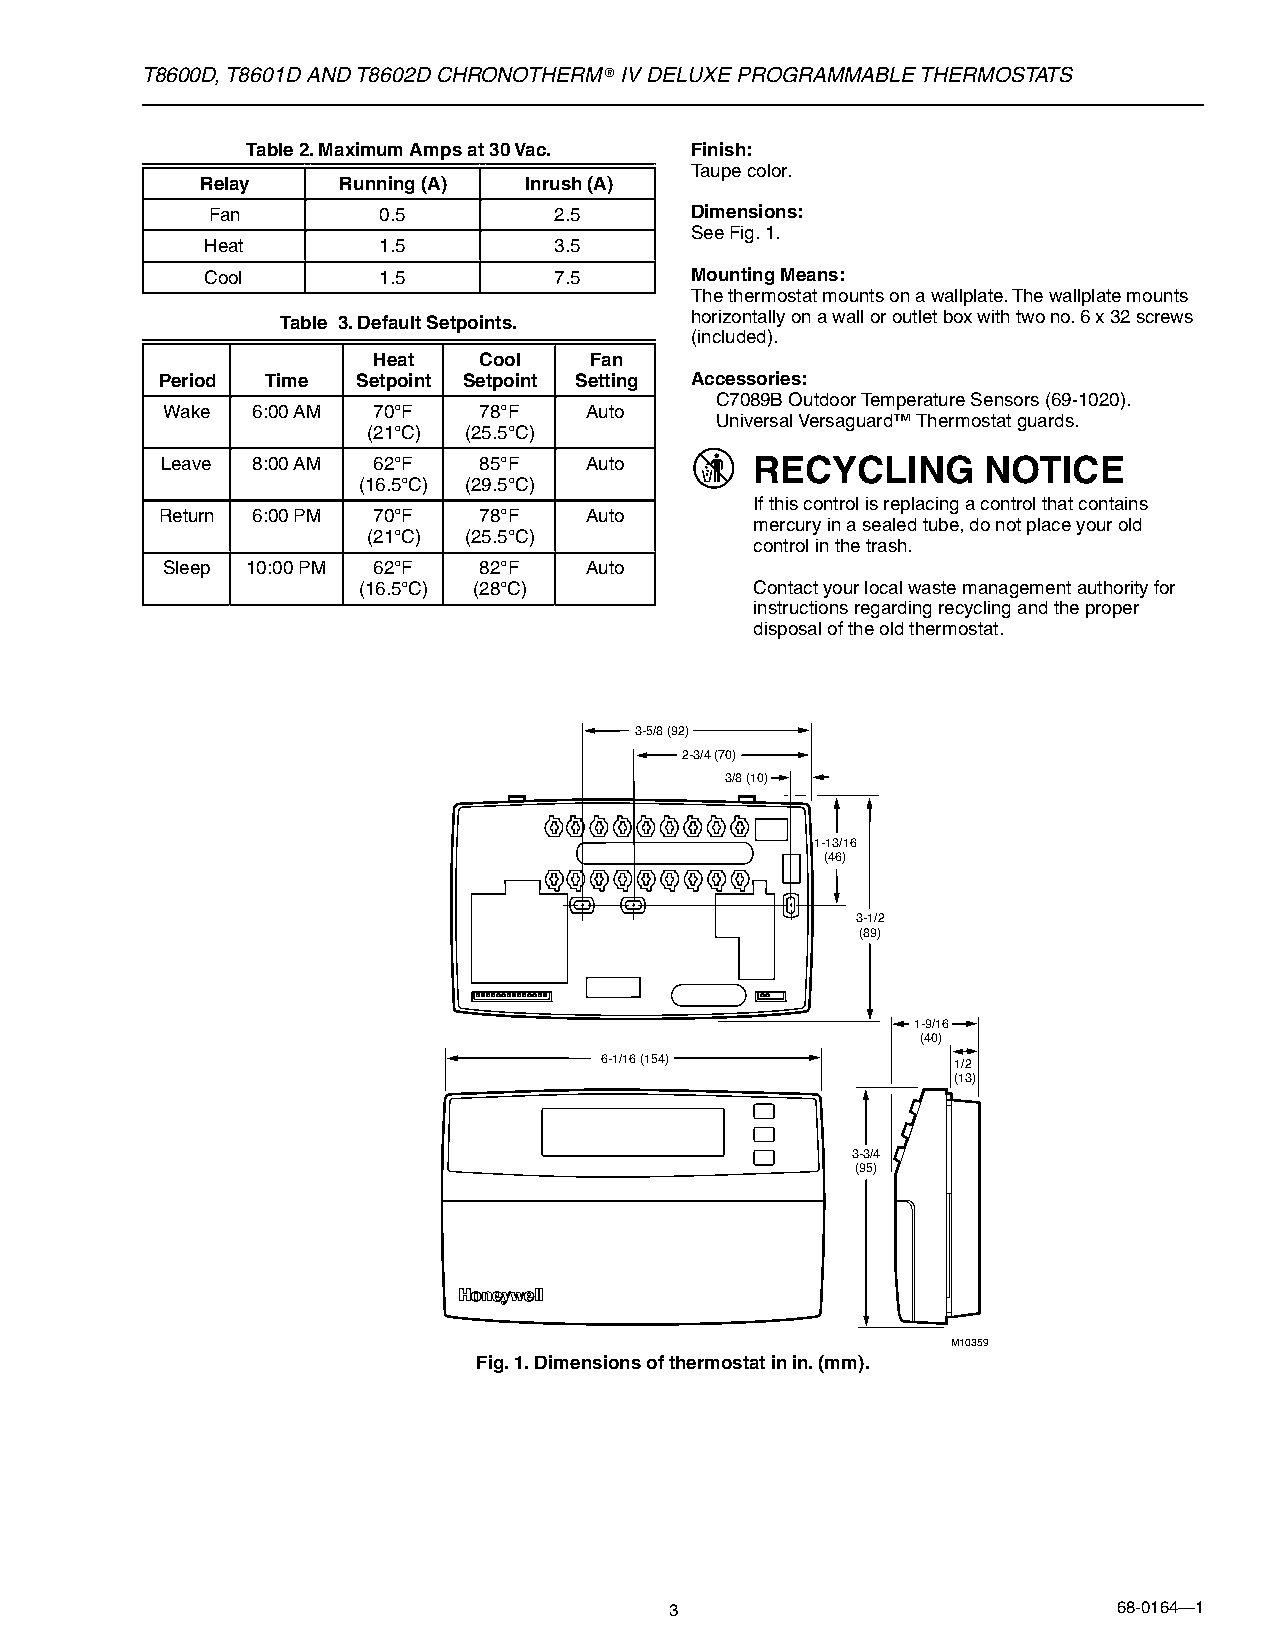
T8600D, T8601D AND T8602D CHRONOTHERM® IV DELUXE PROGRAMMABLE THERMOSTATS
 Table 2. Maximum Amps at 30 Vac. Finish:
 Taupe color.
 Relay    Running (A)  Inrush (A)
 Fan        0.5         2.5      Dimensions:
 See Fig. 1.
 Heat       1.5         3.5
 Cool       1.5         7.5      Mounting Means:
 The thermostat mounts on a wallplate. The wallplate mounts
 Table 3. Default Setpoints. horizontally on a wall or outlet box with two no. 6 x 32 screws
 (included).
 Heat   Cool   Fan
 Period  Time  Setpoint Setpoint Setting Accessories:
 C7089B Outdoor Temperature Sensors (69-1020).
 Wake  6:00 AM 70°F   78°F   Auto
 Universal Versaguard™ Thermostat guards.
 (21°C) (25.5°C)
 Leave 8:00 AM 62°F   85°F   Auto       RECYCLING      NOTICE
 (16.5°C) (29.5°C)
 If this control is replacing a control that contains
 Return 6:00 PM 70°F   78°F   Auto
 mercury in a sealed tube, do not place your old
 (21°C) (25.5°C)
 control in the trash.
 Sleep 10:00 PM 62°F  82°F   Auto
 (16.5°C) (28°C)           Contact your local waste management authority for
 instructions regarding recycling and the proper
 disposal of the old thermostat.
 3-5/8 (92)
 2-3/4 (70)
 3/8 (10)
 1-13/16
 (46)
 3-1/2
 (89)
 1-9/16
 (40)
 6-1/16 (154)           1/2
 (13)
 3-3/4
 (95)
 M10359
 Fig. 1. Dimensions of thermostat in in. (mm).
 3                             68-0164—1